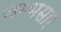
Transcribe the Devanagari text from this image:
जम्भसार